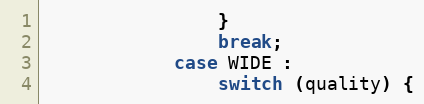
Language: Java
                }
                break;
            case WIDE :
                switch (quality) {